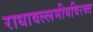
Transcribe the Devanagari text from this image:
राधावल्लभीयविरक्त